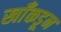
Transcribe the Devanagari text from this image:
खाँकडून